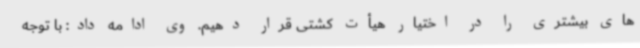
های بیشتری را در اختیار هیأت کشتی قرار دهیم. وی ادامه داد: با توجه